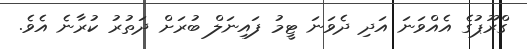
ގްރޫޕުގެ އެއްވަނަ އަދި ދެވަނަ ޓީމު ފައިނަލް ބުރަށް ދަތުރު ކުރާނެ އެވެ.